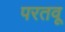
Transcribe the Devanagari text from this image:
परतवू